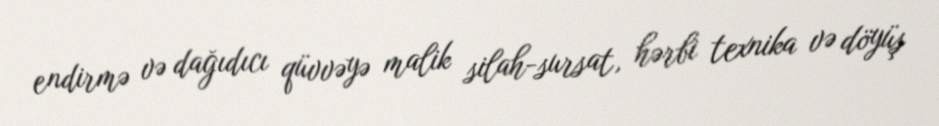
endirmə və dağıdıcı qüvvəyə malik silah-sursat, hərbi texnika və döyüş